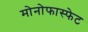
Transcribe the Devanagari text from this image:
मोनोफास्फेट